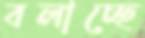
বলাচ্ছে